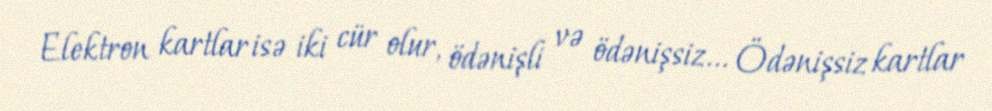
Elektron kartlar isə iki cür olur, ödənişli və ödənişsiz... Ödənişsiz kartlar